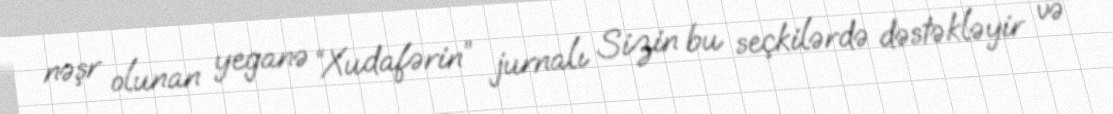
nəşr olunan yeganə “Xudafərin” jurnalı Sizin bu seçkilərdə dəstəkləyir və